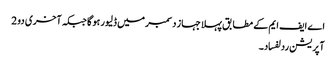
اے ایف ایم کے مطا بق پہلا جہاز دسمبر میں ڈلیور ہو گا جبکہ آخری دو 2
آپریشن ردلفساد۔